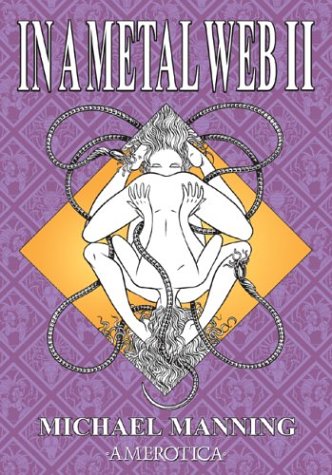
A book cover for In a Metal Web II (Spider Garden); Michael Manning; Comics & Graphic Novels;